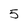
Character: 5